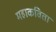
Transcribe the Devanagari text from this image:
महाकविता